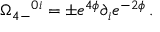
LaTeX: \Omega _ { 4 - } { } ^ { 0 i } = \pm e ^ { 4 \phi } \partial _ { i } e ^ { - 2 \phi } \, .